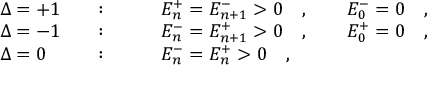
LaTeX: \begin{array} { l l l } { { \Delta = + 1 \quad } } & { { : \qquad } } & { { E _ { n } ^ { + } = E _ { n + 1 } ^ { - } > 0 \quad , \qquad E _ { 0 } ^ { - } = 0 \quad , } } \\ { { \Delta = - 1 \quad } } & { { : \qquad } } & { { E _ { n } ^ { - } = E _ { n + 1 } ^ { + } > 0 \quad , \qquad E _ { 0 } ^ { + } = 0 \quad , } } \\ { { \Delta = 0 \quad } } & { { : \qquad } } & { { E _ { n } ^ { - } = E _ { n } ^ { + } > 0 \quad , } } \end{array}